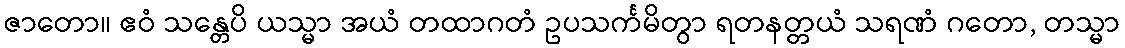
ဇာတော။ ဧဝံ သန္တေပိ ယသ္မာ အယံ တထာဂတံ ဥပသင်္ကမိတွာ ရတနတ္တယံ သရဏံ ဂတော, တသ္မာ